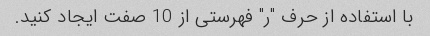
با استفاده از حرف "ر" فهرستی از 10 صفت ایجاد کنید.